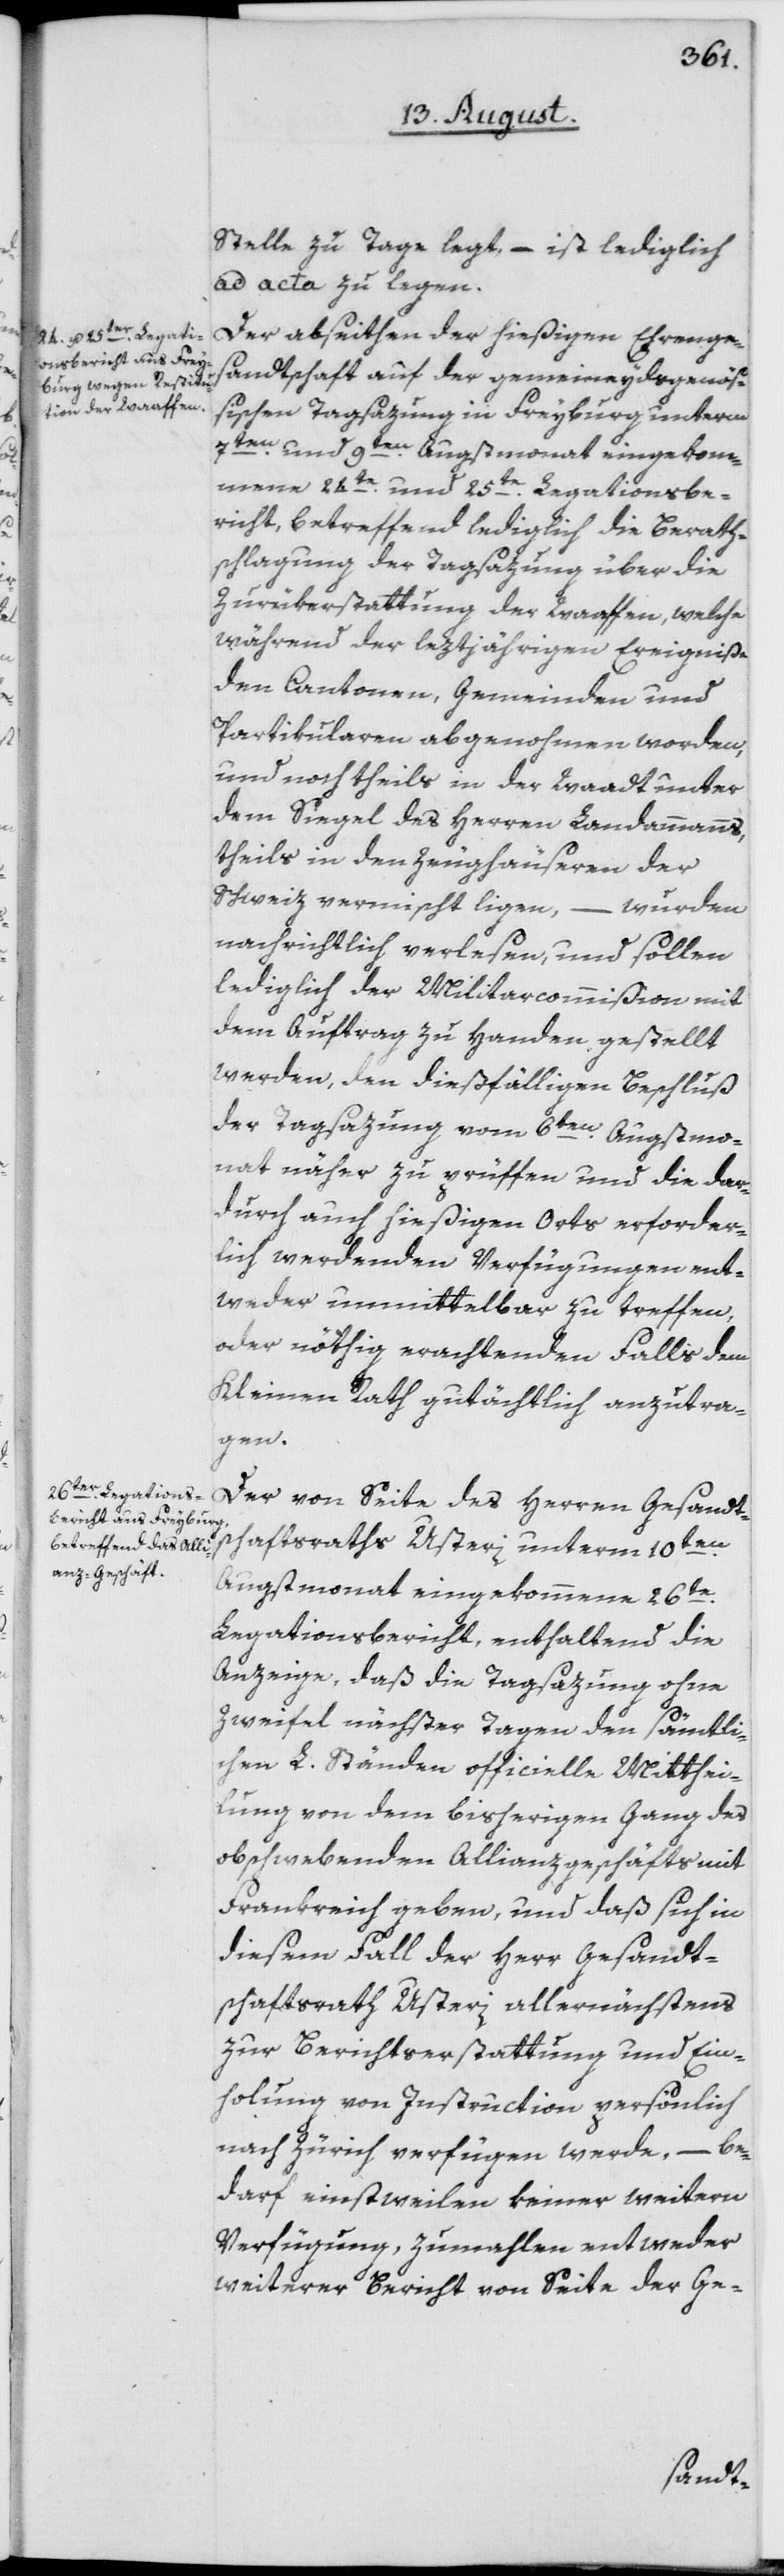
Stelle zu Tage legt, – ist lediglich
ad acta zu legen.
Der abseithen der hießigen Ehrenge¬
sandtschaft auf der gemeineydsgenöß¬
ischen Tagsazung in Freyburg unterm
7ten und 9ten Augstmonat eingekom¬
mene 24te und 25te Legationsbe¬
richt, betreffend lediglich die Berath¬
schlagung der Tagsazung über die
Zurükerstattung der Waaffen, welche
während der leztjährigen Ereigniße
den Cantonen, Gemeinden und
Partikularen abgenohmen worden,
und noch theils in der Waadt unter
dem Siegel des Herren Landammanns,
theils in den Zeughäuseren der
Schweiz vermischt ligen, – wurden
nachrichtlich verlesen, und sollen
lediglich der Militarcommißion mit
dem Auftrag zu Handen gestellt
werden, den dießfälligen Beschluß
der Tagsazung vom 6ten Augstmo¬
nat näher zu prüffen und die dar¬
durch auch hießigen Orts erforder¬
lich werdenden Verfügungen ent¬
weder unmittelbar zu treffen,
oder nöthig erachtenden Falls dem
Kleinen Rath gutächtlich anzutra¬
gen.
Der von Seite des Herren Gesandt¬
schaftsraths Usteri unterm 10ten
Augstmonat eingekommene 26te
Legationsbericht, enthaltend die
Anzeige, daß die Tagsazung ohne
Zweifel nächster Tagen den sämtli¬
chen L. Ständen officielle Mitthei¬
lung von dem bisherigen Gang des
obschwebenden Allianzgeschäfts mit
Frankreich geben, und daß sich in
diesem Fall der Herr Gesandt¬
schaftsrath Usteri allernächstens
zur Berichtserstattung und Ein¬
holung von Instruction persönlich
nach Zürich verfügen werde, – be¬
darf einstweilen keiner weitern
Verfügung, zumahlen entweder
weiterer Bericht von Seite der Ge-